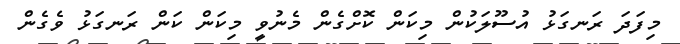
މިފަދަ ރަނގަޅު އުސޫލަކުން މިކަން ކޮށްގެން މެނުވީ މިކަން ކަން ރަނގަޅު ވެގެން